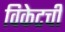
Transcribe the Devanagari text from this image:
विकेटची